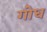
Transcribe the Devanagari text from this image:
गोध